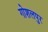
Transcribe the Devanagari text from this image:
गोशलपुर